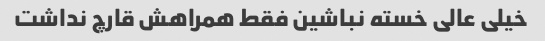
خیلی عالی خسته نباشین فقط همراهش قارچ نداشت